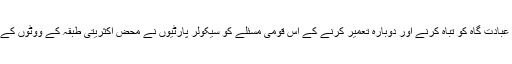
لیکن بدقسمتی کی بات ہے کہ اقلیتی طبقہ کے ایک عبادت گاہ کو تباہ کرنے اور دوبارہ تعمیر کرنے کے اس قومی مسئلے کو سیکولر پارٹیوں نے محض اکثریتی طبقہ کے ووٹوں کے خاطراس مسئلے سے کنارہ کشی اختیار کرلیا ہے۔